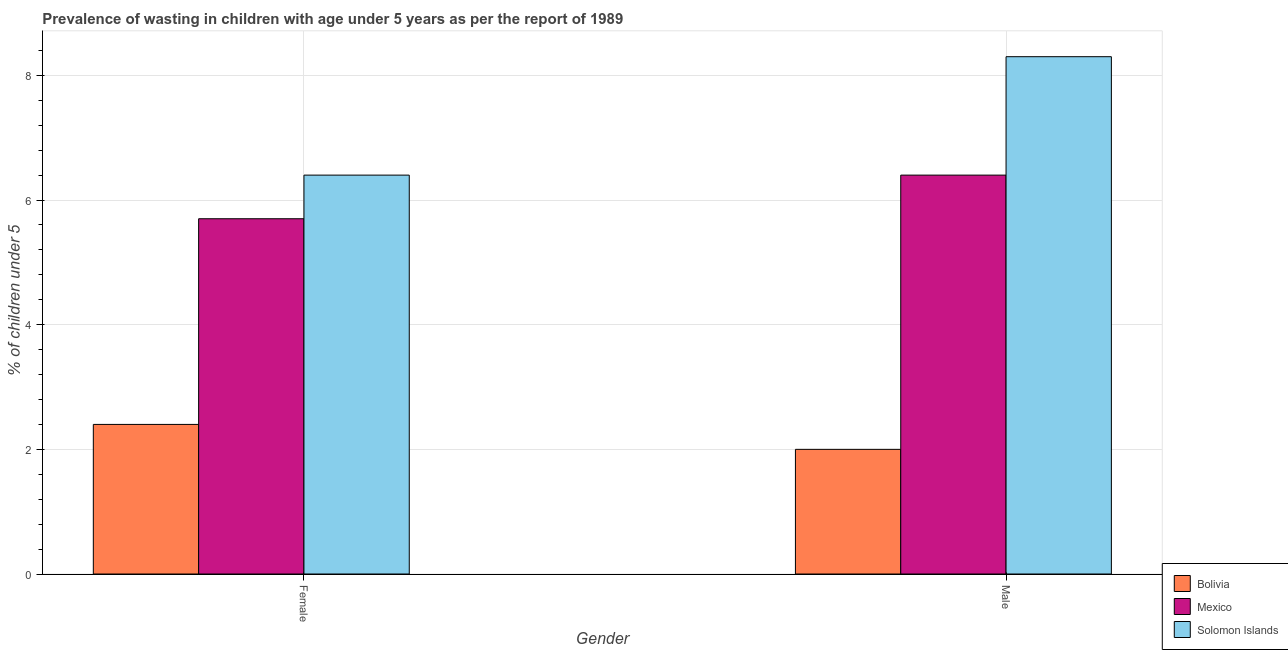
| Gender | Bolivia | Mexico | Solomon Islands |
 | --- | --- | --- | --- |
 | Female | 2.4 | 5.7 | 6.4 |
 | Male | 2 | 6.4 | 8.3 |